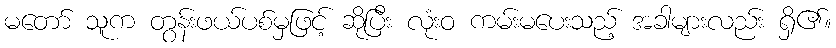
မတော် သူက တွန်းဖယ်ပစ်မှဖြင့် ဆိုပြီး လုံးဝ ကမ်းမပေးသည့် အခါများလည်း ရှိ၏။